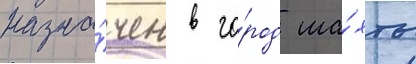
назна́чен в го́род ша́хты